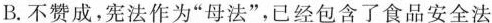
B. 不赞成，宪法作为“母法”，已经包含了食品安全法